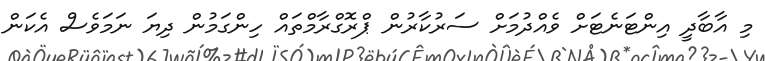
މި އާބާދީ އިންޓަނެޓަށް ވެއްދުމަށް ސަރުކާރުން ޕްރޮގްރާމްތައް ހިންގަމުން ދިޔަ ނަމަވެސް އެކަން